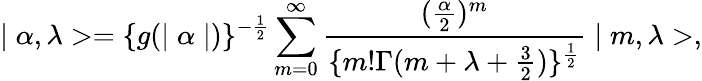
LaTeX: \mid\alpha,\lambda>=\{ g(\mid\alpha\mid)\} ^{-\frac{1}{2}}\sum_{m=0}^{\infty}\frac{(\frac{\alpha}{2})^{m}}{\{ m!\Gamma(m+\lambda+\frac{3}{2})\} ^{\frac{1}{2}}}\mid m,\lambda>,